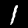
Label: 1